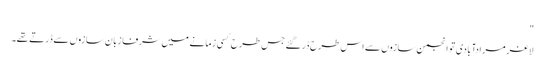
"
لاغر مرادآبادی تو انجمن سازوں سے اس طرح ڈر گئے جس طرح کسی زمانے میں شرفا زبان سازوں سے ڈرتے تھے۔